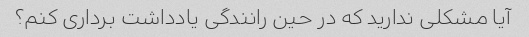
آیا مشکلی ندارید که در حین رانندگی یادداشت برداری کنم؟